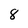
Character: 8